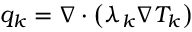
q _ { k } = \nabla \boldsymbol { \cdot } \left( \lambda _ { k } \nabla T _ { k } \right)